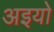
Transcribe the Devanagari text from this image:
अइयो